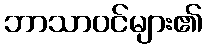
ဘာသာဝင်များ၏